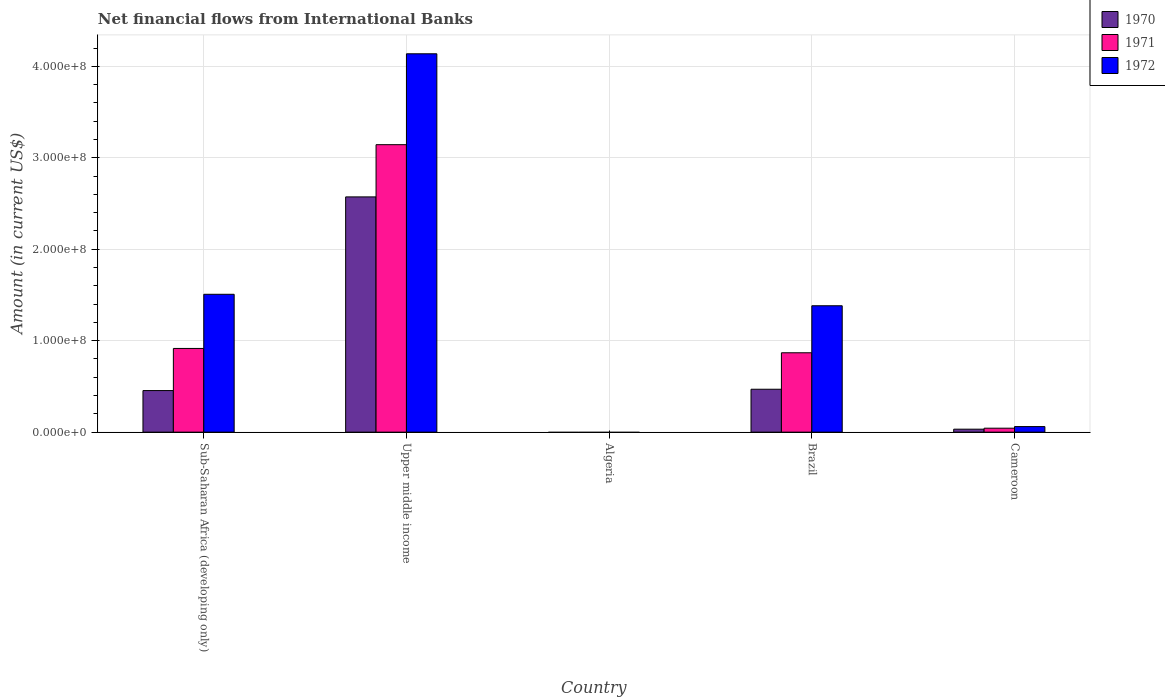
| Country | 1970 | 1971 | 1972 |
 | --- | --- | --- | --- |
 | Sub-Saharan Africa (developing only) | 4.55e+07 | 9.15e+07 | 1.51e+08 |
 | Upper middle income | 2.57e+08 | 3.14e+08 | 4.14e+08 |
 | Algeria | -2.61e+06 | -2.6e+06 | -2.82e+06 |
 | Brazil | 4.69e+07 | 8.68e+07 | 1.38e+08 |
 | Cameroon | 3.25e+06 | 4.32e+06 | 6.09e+06 |